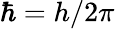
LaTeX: \hbar=h/2\pi